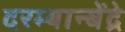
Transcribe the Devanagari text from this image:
दरम्यान्बेंद्रे